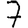
Digit: 7